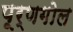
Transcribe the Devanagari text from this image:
पूर्णगोल